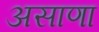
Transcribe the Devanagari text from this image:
असाणा